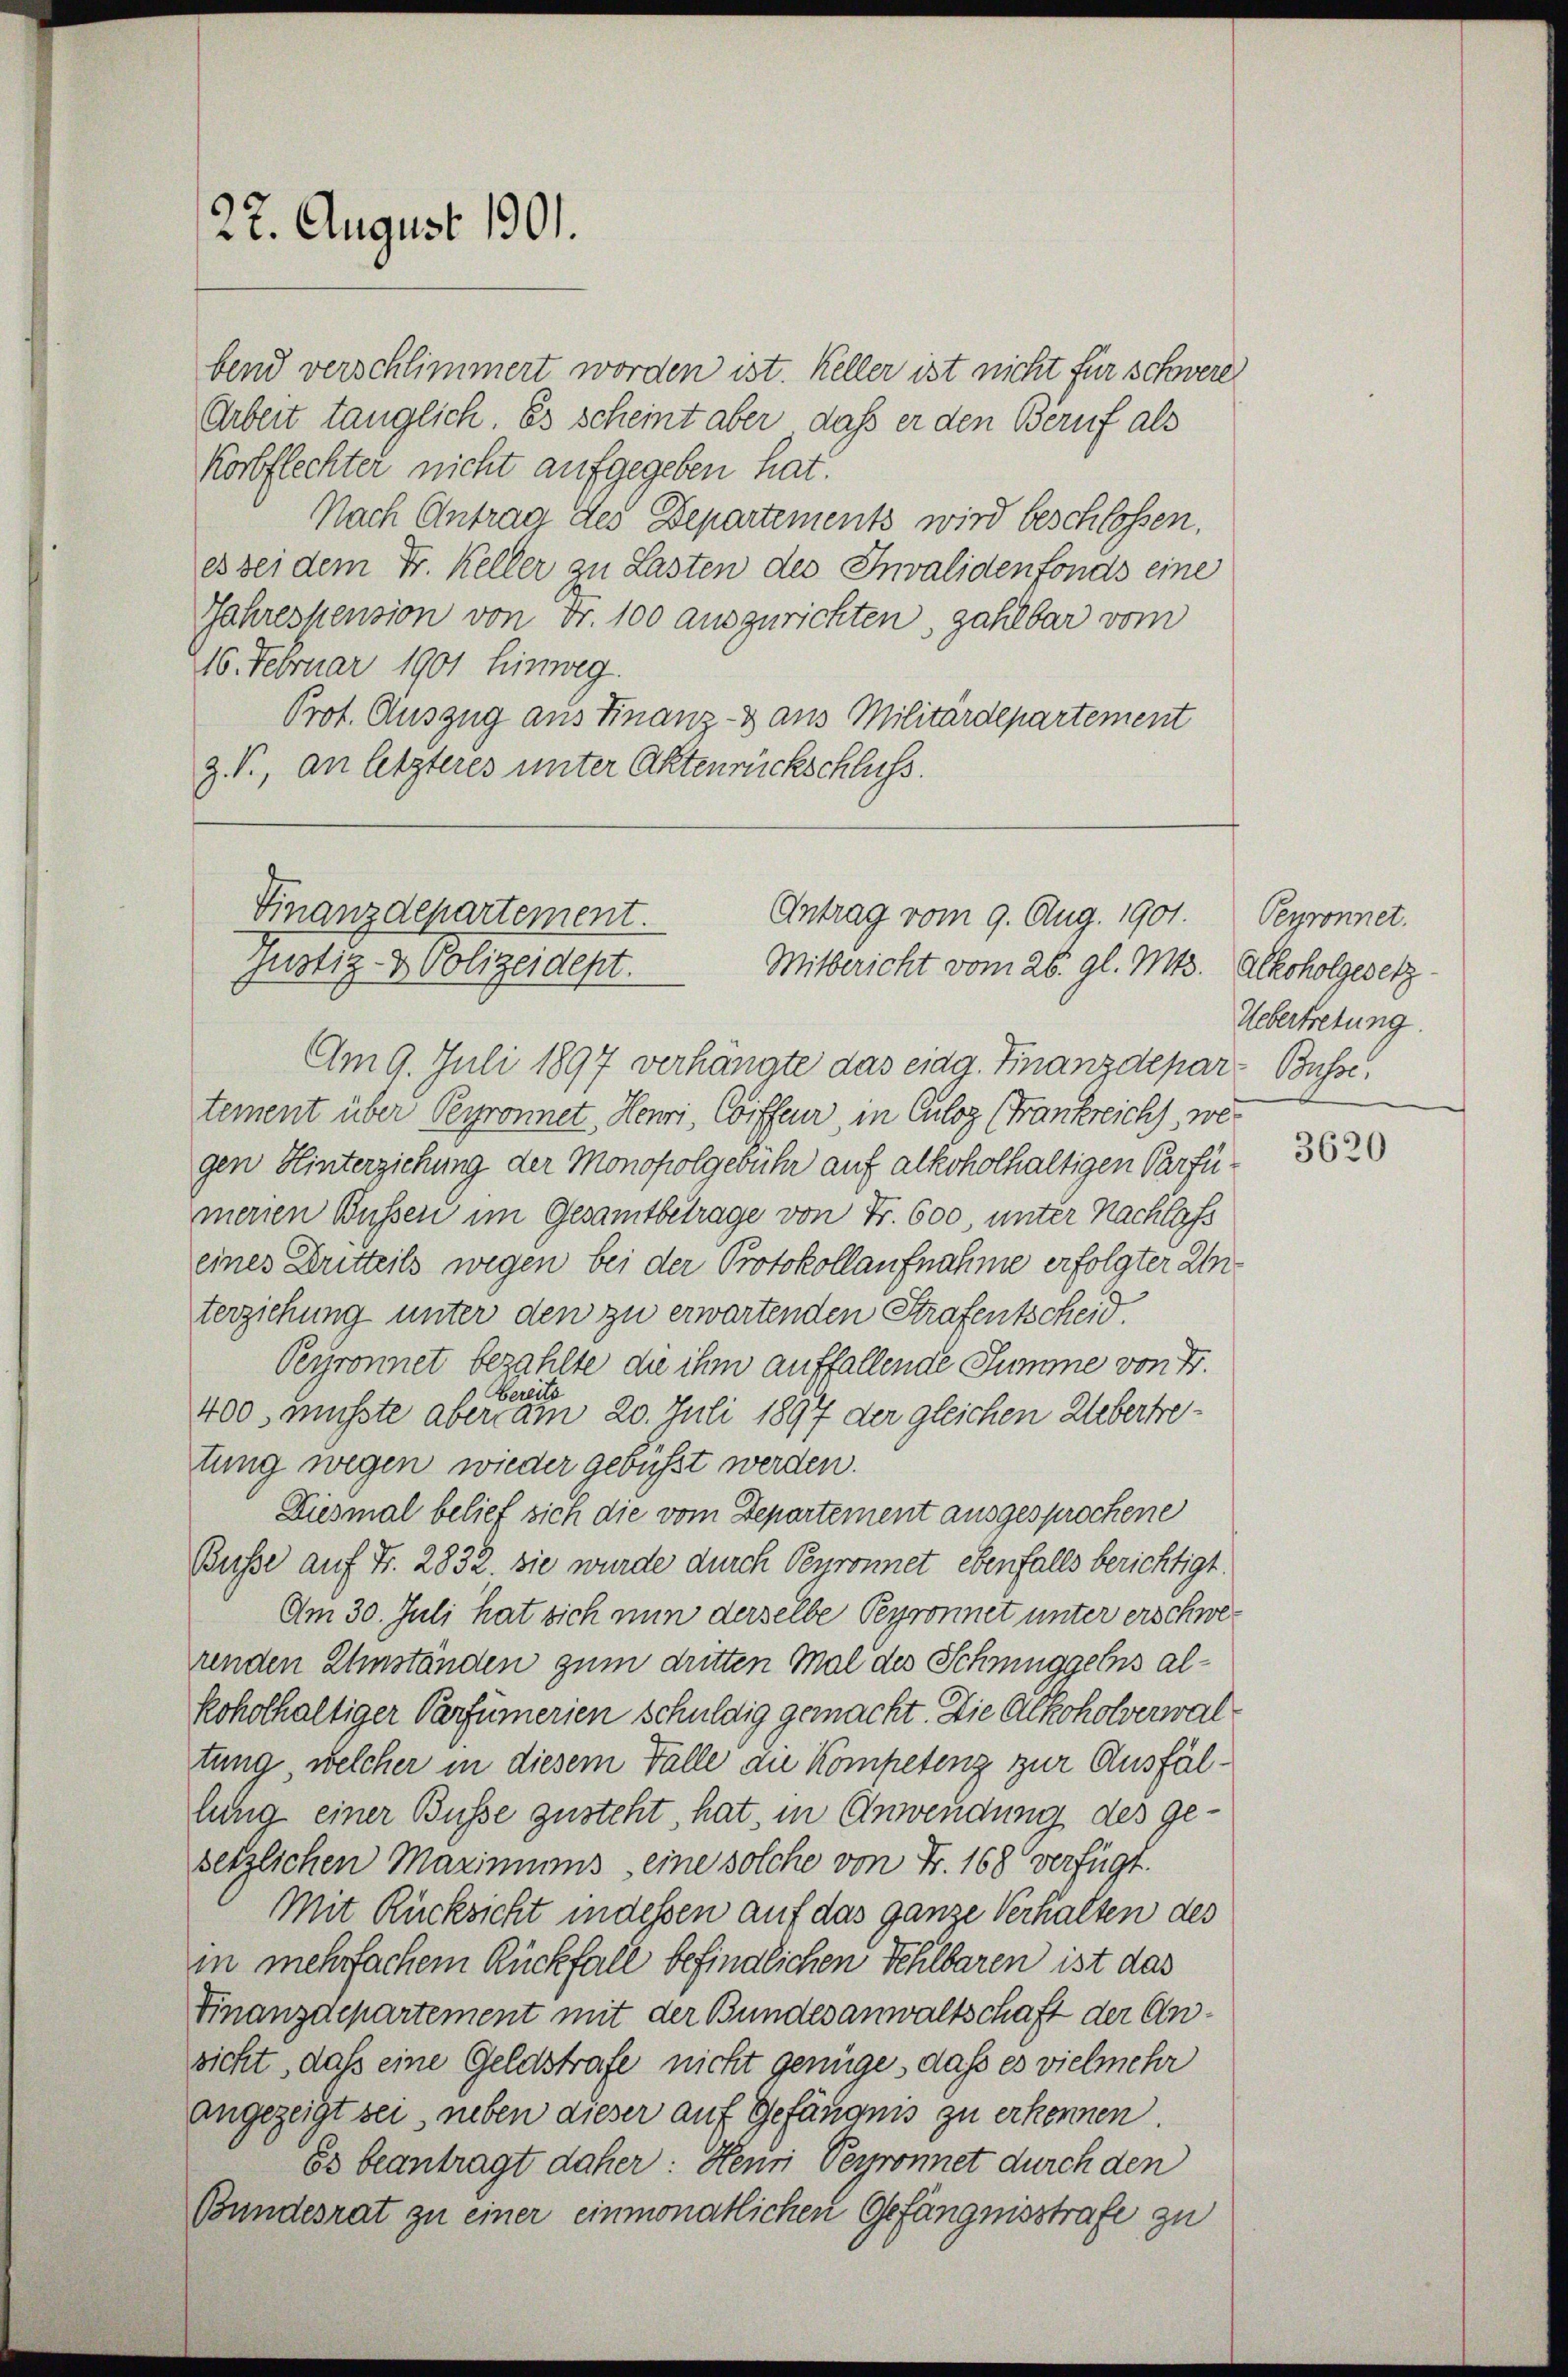
22. August 1901.

bend verschlimmert worden ist. Keller ist nicht für schwere
Arbeit tänglich. Es scheint aber, daß er den Beruf als
Korbflechter nicht aufgegeben hat.
Nach Antrag des Departements wird beschlossen.
es bei dem Fr. Keller zu Lasten des Invalidenfonds eine
Jahreskension von Fr. 100 auszurichten, zahlbar vom
216. Februar 1901 hinweg.
Prot. Auszug aus Finanz- & aus Militärdepartement
z. T., an letzteres unter Aktenrückschluss.

Finanzdepartement.
Antrag vom 9. Aug. 1901.
Justiz- & Polizeidept.
Mitbericht vom 26. gl. Mts. Alkoholgesetz

Am 9. Juli 1897 verhängte das eidg. Finanzdepar- Busse
tement über Pyronnet, Heuri, Coiffeur, in Culog (Frankreichs, wegen Hinterziehung der Monopolgebühr auf alkoholhaltigen Parfü
menen Bussen im Gesamtbetrage von Fr. 600 unter Nachlass
eines Dritteils wegen bei der Protokollaufnahme erfolgter Anterziehung unter den zu erwartenden Strafentscheid
Peyronnet bezahlte die ihm auffallende Summe von Fr.
Bereits
400, musste aber am 20. Juli 1897 der gleichen Uebertretung wegen wieder gebüsst werden.
Diesmal belief sich die vom Departement ausgesprochene
Busse auf Fr. 2832. sie wurde durch Perronnet ebenfalls berichtigt.
Am 30. Juli hat sich nun derselbe Peyronnet unter erschwerenden Umständen zum dritten Mal des Schmuggens alkoholhaltiger Verfümerien schuldig gemacht. Die Alkoholverwaltung, welcher in diesem Falle an Kompetenz zur Ausfällung einer Busse zusteht, hat, in Anwendung des gesetzlichen Maximums eine solche von Fr. 168 verfügt.
Mit Rücksicht in dessen auf das ganze Verhalten des
in mehrfachem Rückfall befindlichen Fehlbaren ist das
Finanzdepartement mit der Bundesanwaltschaft der Ansicht, daß eine Geldstrafe nicht genüge, daß es vielmehr
angezeigt sei, neben dieser auf Gefängnis zu erkennen.
ös beantragt daher: Heuri Verronnet durch den
Bundesrat zu einer einmonatlichen Gefängnisstrafe zu

Perronnet.
Uebertretung.

3620